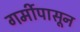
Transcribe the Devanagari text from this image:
गर्मीपासून